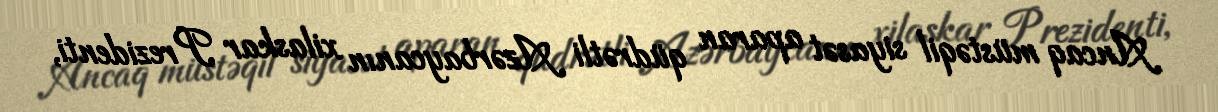
Ancaq müstəqil siyasət aparan qüdrətli Azərbaycanın xilaskar Prezidenti,